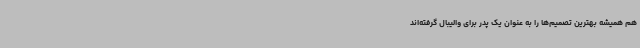
هم همیشه بهترین تصمیم‌ها را به عنوان یک پدر برای والیبال گرفته‌اند